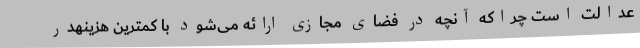
عدالت است چراکه آنچه در فضای مجازی ارائه می‌شود با کمترین هزینهدر